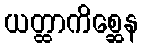
ယတ္ထာကိစ္ဆေန